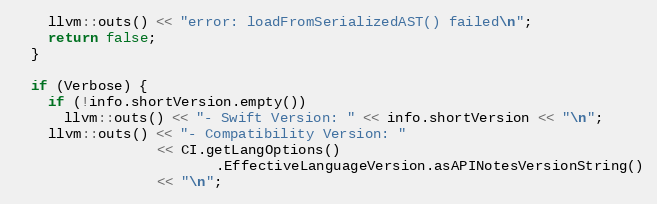
Language: C++
    llvm::outs() << "error: loadFromSerializedAST() failed\n";
    return false;
  }

  if (Verbose) {
    if (!info.shortVersion.empty())
      llvm::outs() << "- Swift Version: " << info.shortVersion << "\n";
    llvm::outs() << "- Compatibility Version: "
                 << CI.getLangOptions()
                        .EffectiveLanguageVersion.asAPINotesVersionString()
                 << "\n";